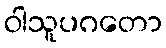
ဝါသူပဂတော